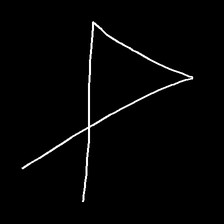
Glyph: collection